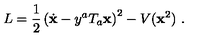
L = \frac { 1 } { 2 } \left( \dot { \bf x } - y ^ { a } T _ { a } { \bf x } \right) ^ { 2 } - V ( { \bf x } ^ { 2 } ) \ .